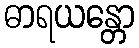
ဓာရယန္တော